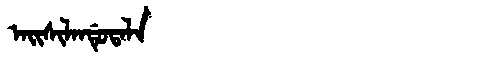
Manchu: ᠠᡳᠰᡳᠯᠠᠨᡩᡠᡨᠠᠯᠠ
Romanization: AISILANDUTALA